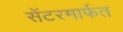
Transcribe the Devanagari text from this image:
सेंटरमार्फत